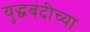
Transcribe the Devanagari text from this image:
युद्धबंदीच्या